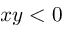
x y < 0